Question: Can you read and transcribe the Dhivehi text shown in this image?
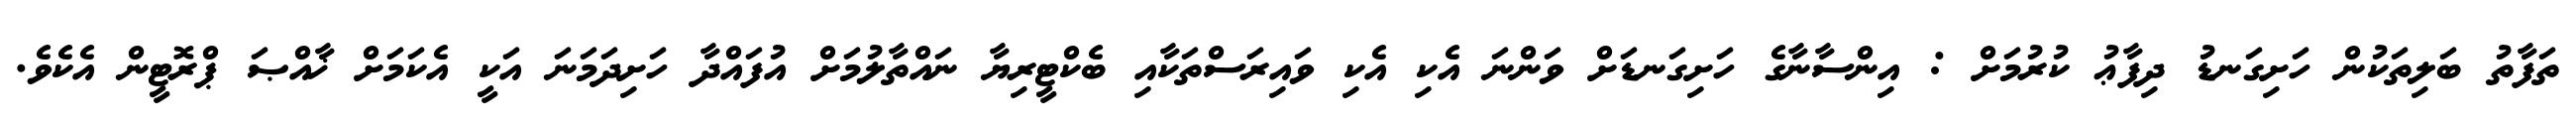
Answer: ތަފާތު ބަލިތަކުން ހަށިގަނޑު ދިފާޢު ކުރުމަށް : އިންސާނާގެ ހަށިގަނޑަށް ވަންނަ އެކި އެކި ވައިރަސްތަކާއި ބެކްޓީރިޔާ ނައްތާލުމަށް އުފައްދާ ހަށިދަމަނަ އަކީ އެކަމަށް ޚާއްޞަ ޕްރޮޓީން އެކެވެ.